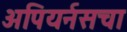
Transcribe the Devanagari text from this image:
अपियर्नसचा